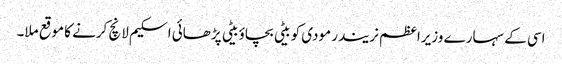
اسی کے سہارے وزیراعظم نریندر مودی کو بیٹی بچاؤ بیٹی پڑھائی اسکیم لانچ کرنے کا موقع ملا۔